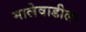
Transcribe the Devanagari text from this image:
मालेवाडीला